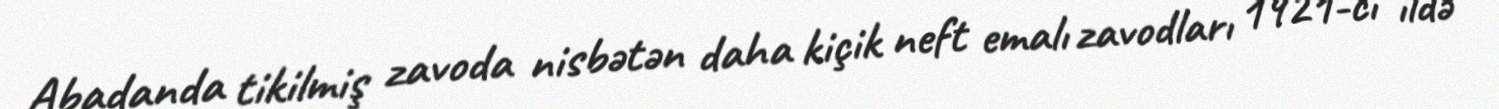
Abadanda tikilmiş zavoda nisbətən daha kiçik neft emalı zavodları 1921-ci ildə